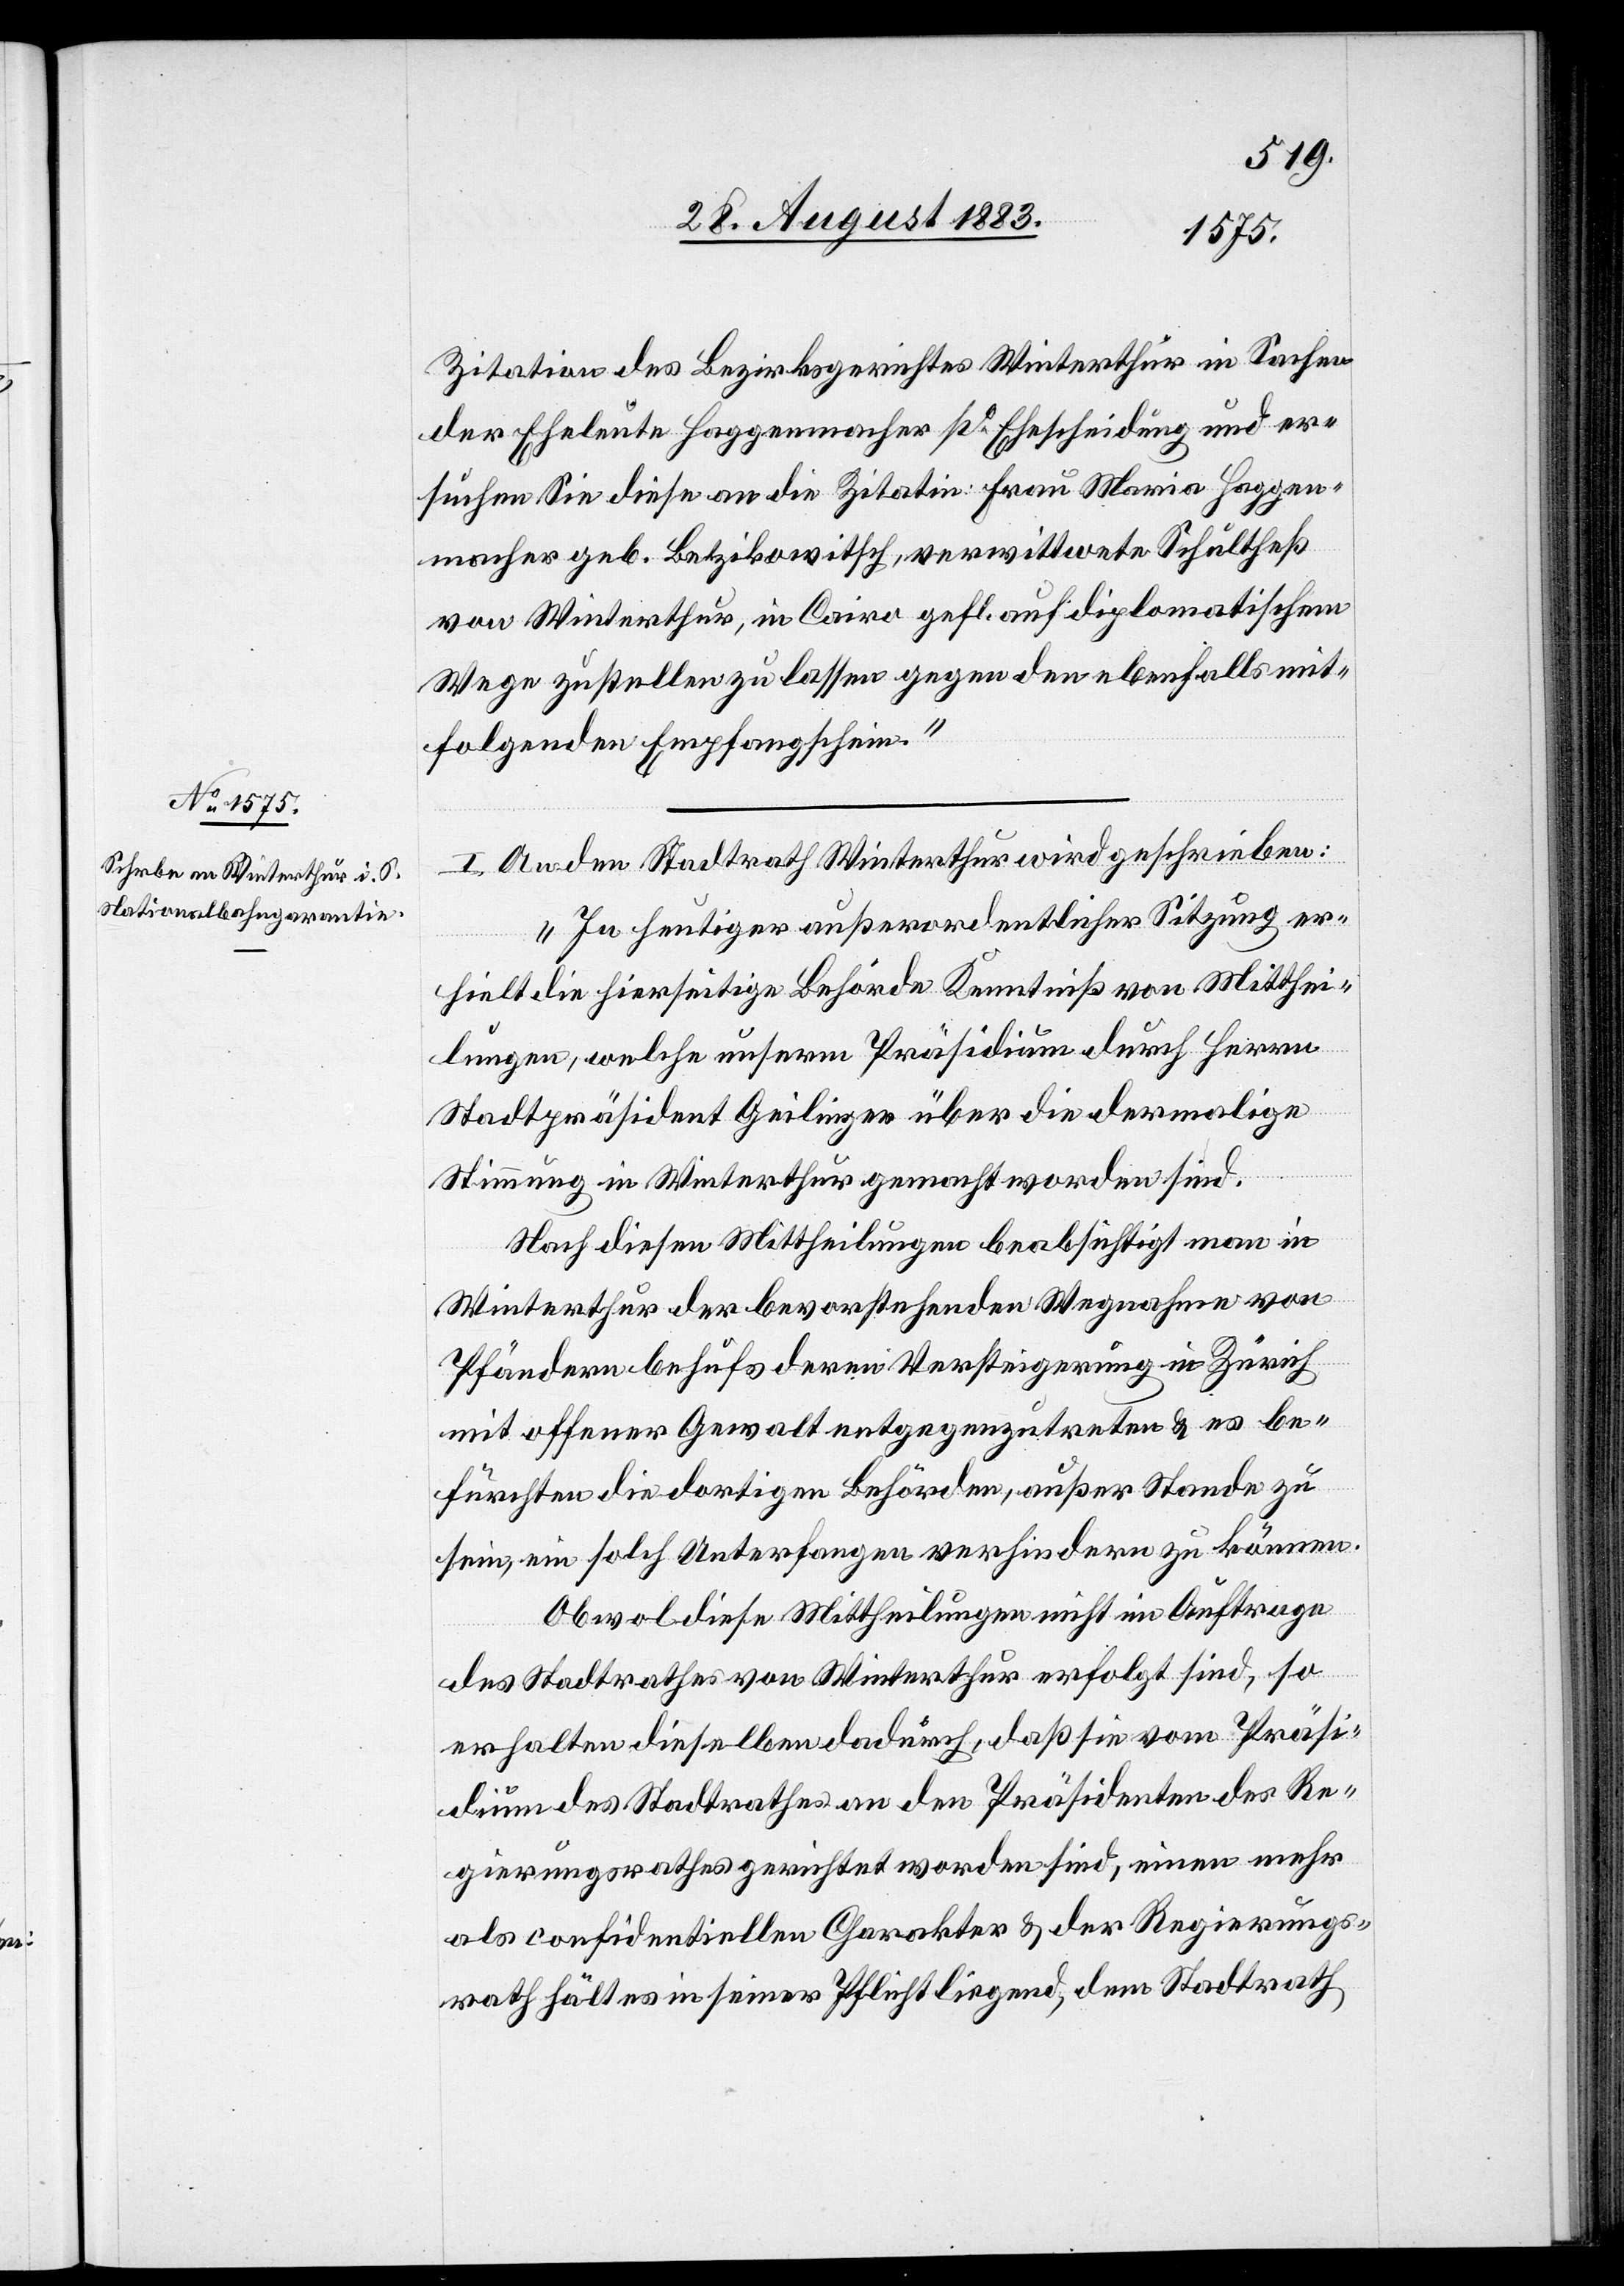
Zitation des Bezirksgerichtes Winterthur in Sachen
der Eheleute Haggenmacher po Ehescheidung und er¬
suchen Sie diese an die Zitatin Frau Maria Haggen¬
macher geb. Betzikowitsch, verwittwete Schultheß
von Winterthur, in Cairo gefl. auf diplomatischem
Wege zustellen zu lassen gegen den ebenfalls mit¬
folgenden Empfangschein.“
I. An den Stadtrath Winterthur wird geschrieben:
„In heutiger außerordentlicher Sitzung er¬
hielt die hierseitige Behörde Kenntniß von Mitthei¬
lungen, welche unserm Präsidium durch Herrn
Stadtpräsident Geilinger über die dermalige
Stimmung in Winterthur gemacht worden sind.
Nach diesen Mittheilungen beabsichtigt man in
Winterthur der bevorstehenden Wegnahme von
Pfändern behufs deren Versteigerung in Zürich
mit offener Gewalt entgegenzutreten & es be¬
fürchten die dortigen Behörden, außer Stande zu
sein, ein solch Unterfangen verhindern zu können.
Obwol diese Mittheilungen nicht im Auftrage
des Stadtrathes von Winterthur erfolgt sind, so
erhalten dieselben dadurch, daß sie vom Präsi¬
dium des Stadtrathes an den Präsidenten des Re¬
gierungsrathes gerichtet worden sind, einen mehr
als confidentiellen Charakter & der Regierungs¬
rath hält es in seiner Pflicht liegend, dem Stadtrath